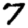
Digit: 7